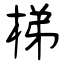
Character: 梯